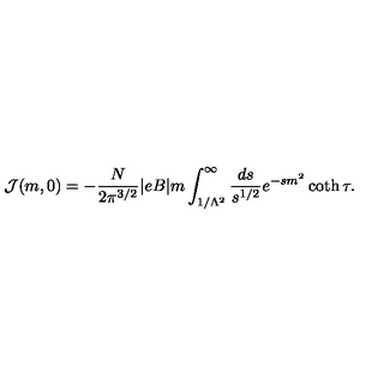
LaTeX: { \cal J } ( m , 0 ) = - \frac { N } { 2 \pi ^ { 3 / 2 } } | e B | m \int _ { 1 / \Lambda ^ { 2 } } ^ { \infty } \frac { d s } { s ^ { 1 / 2 } } e ^ { - s m ^ { 2 } } \coth \tau .